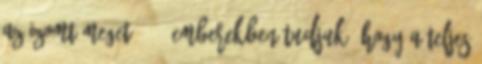
az izomtömeget 10 . Emberekben tudjuk, hogy a teljes